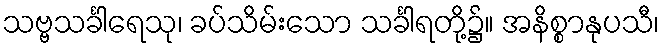
သဗ္ဗသင်္ခါရေသု၊ ခပ်သိမ်းသော သင်္ခါရတို့၌။ အနိစ္စာနုပသီ၊